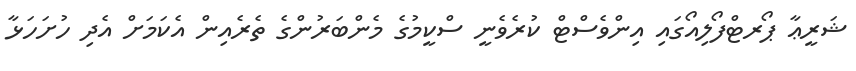
ޝަރީޢާ ޕޯރޓްފޯލިއޯގައި އިންވެސްޓް ކުރެވެނީ ސްކީމުގެ މެންބަރުންގެ ތެރެއިން އެކަމަށް އެދި ހުށަހަޅާ